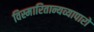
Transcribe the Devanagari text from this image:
विस्मारितान्यव्यापारो